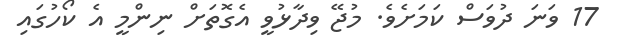
17 ވަނަ ދުވަސް ކަމަށެވެ. މުޖޭ ވިދާޅުވީ އެގޮތަށް ނިންމީ އެ ކޯހުގައި